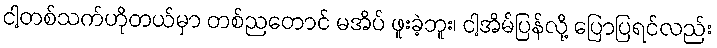
ငါ့တစ်သက်ဟိုတယ်မှာ တစ်ညတောင် မအိပ် ဖူးခဲ့ဘူး၊ ငါ့အိမ်ပြန်လို့ ပြောပြရင်လည်း